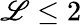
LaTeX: \mathscr{L}\leq2